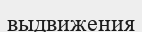
выдвижения